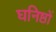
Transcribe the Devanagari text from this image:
घनिष्ठों